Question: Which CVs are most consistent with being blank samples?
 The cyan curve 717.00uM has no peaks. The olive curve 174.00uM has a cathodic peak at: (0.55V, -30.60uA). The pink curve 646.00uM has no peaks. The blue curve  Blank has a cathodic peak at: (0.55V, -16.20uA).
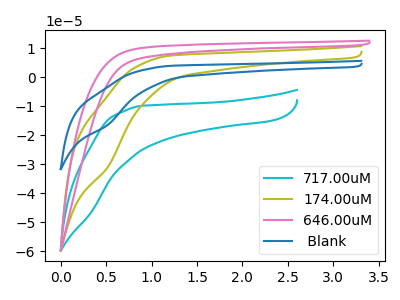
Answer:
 <answer>"717.00uM" and "646.00uM" are likely to be blanks.</answer>
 <eval>"717.00uM", "646.00uM"</eval>